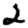
Digit: 2